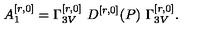
A _ { 1 } ^ { [ r , 0 ] } = \Gamma _ { 3 V } ^ { [ r , 0 ] } \ D ^ { [ r , 0 ] } ( P ) \ \Gamma _ { 3 V } ^ { [ r , 0 ] } .